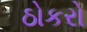
ઠોકરો